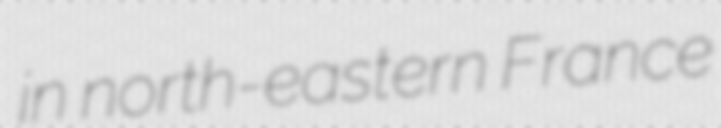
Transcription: in north-eastern France